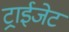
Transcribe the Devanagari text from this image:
ट्राईजेट